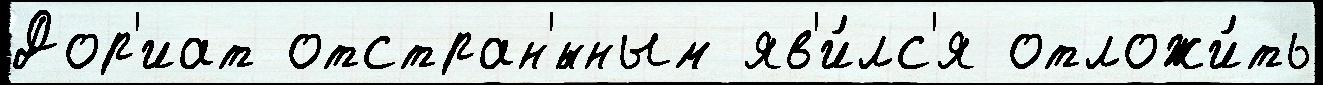
Дор'иат отстран'́нным яв'и́лс'я отложи́ть